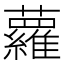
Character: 蘿